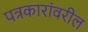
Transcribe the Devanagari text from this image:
पत्रकारांवरील